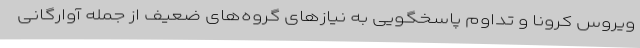
ویروس کرونا و تداوم پاسخگویی به نیازهای گروه‌های ضعیف از جمله آوارگانی